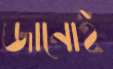
জানোই